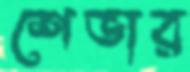
শেভার